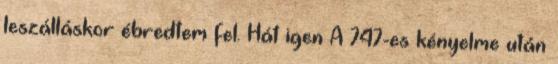
leszálláskor ébredtem fel. Hát igen A 747-es kényelme után